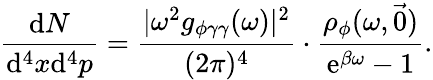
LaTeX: \frac{\mathrm{d}N}{\mathrm{d}^{4}x\mathrm{d}^{4}p}=\frac{|\omega^{2}g_{\phi\gamma\gamma}(\omega)|^{2}}{(2\pi)^{4}}\cdot\frac{\rho_{\phi}(\omega,\vec{0})}{\mathrm{e}^{\beta\omega}-1}.